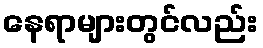
နေရာများတွင်လည်း